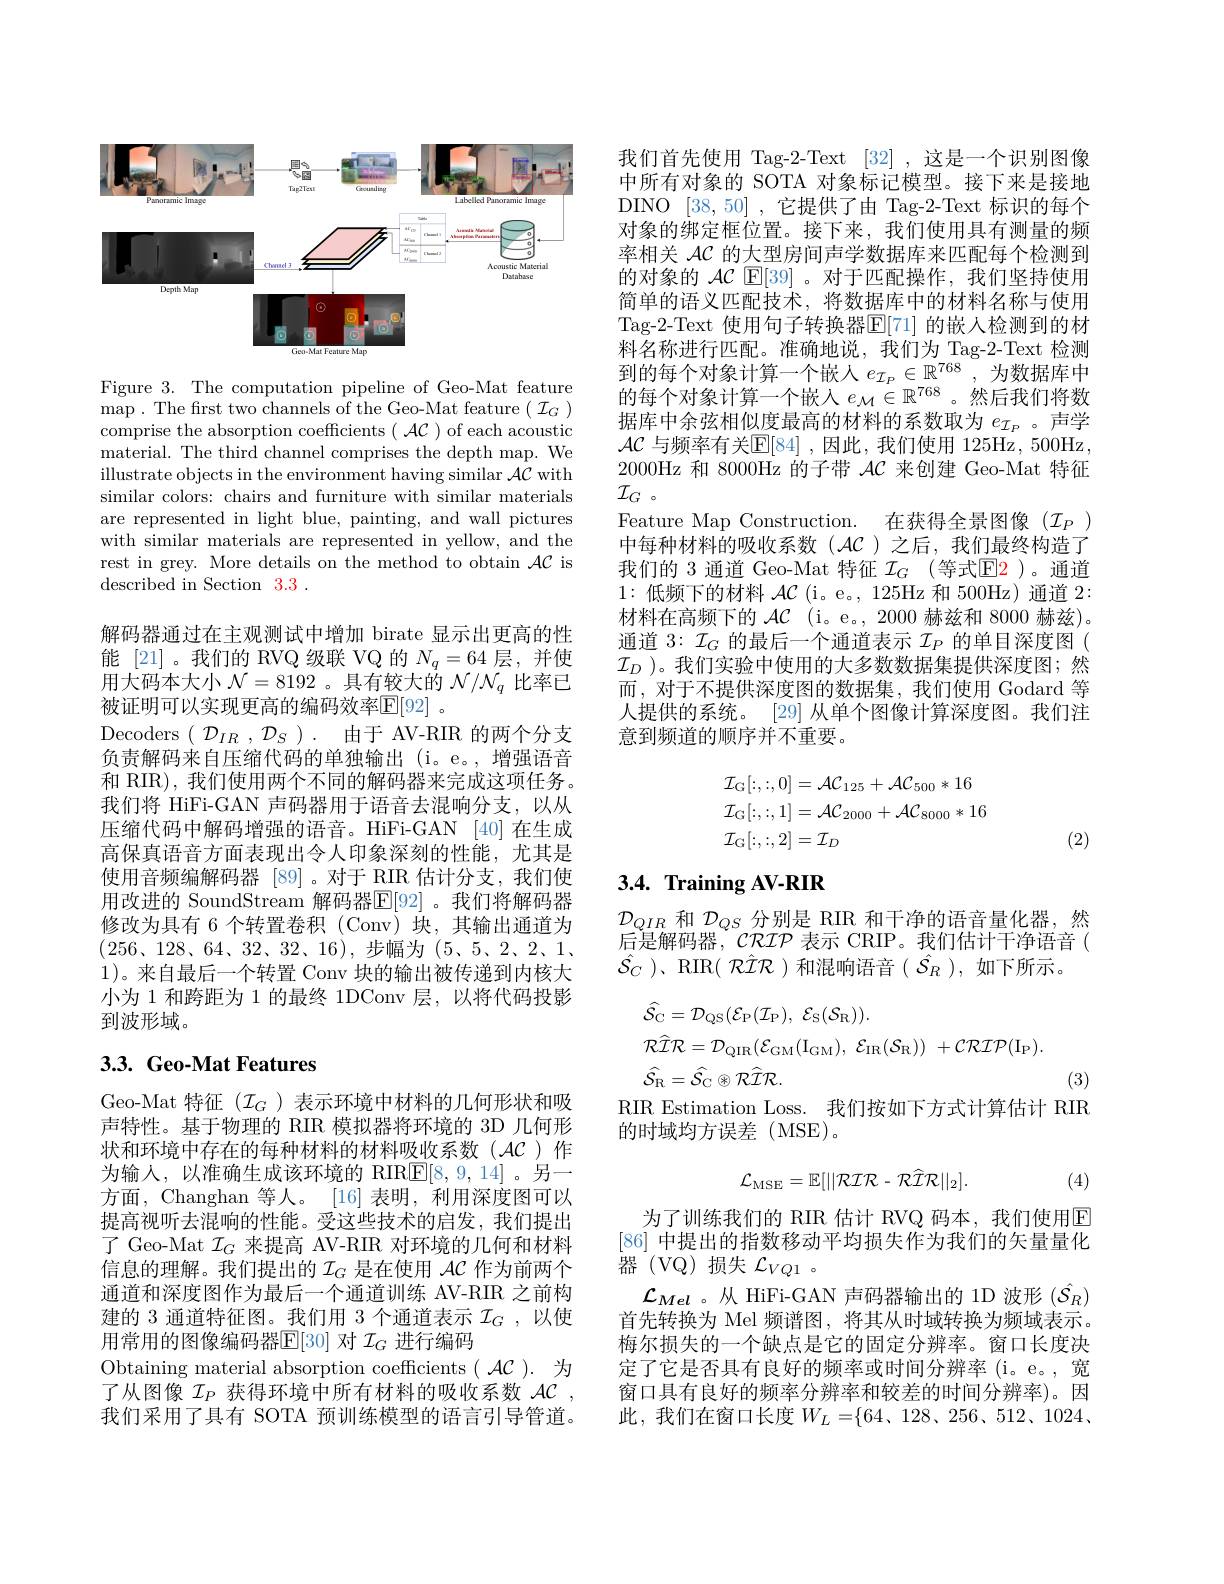
<FigureHere>

Figure 3. The computation pipeline of Geo-Mat feature $\operatorname*{map}.$The frst two channels of the Geo-Mat feature$(\mathcal{I}_G)$ comprise the absorption coefficients( $\mathcal{AC}$ )of each acoustic material. The third channel comprises the depth map. We illustrate objects in the environment having similar $\mathcal{AC}$ with similar colors: chairs and furniture with similar materials are represented in light blue, painting, and wall pictures with similar materials are represented in yellow, and the rest in grey. More details on the method to obtain $\mathcal{AC}$ is described in Section 3.3 .

解码器通过在主观测试中增加 birate 显示出更高的性能[21]。我们的 RVQ 级联 VQ 的$N_q=64$层，并使用大码本大小$\mathcal{N}=8192$ 。具有较大的$\mathcal{N}/\mathcal{N}_q$比率已被证明可以实现更高的编码效率$\mathbb{E}[92]$ 。
Decoders $(\mathcal{D}_{IR},\mathcal{D}_S).$由于 AV-RIR 的两个分支负责解码来自压缩代码的单独输出(i。e。,增强语音和 RIR), 我们使用两个不同的解码器来完成这项任务。我们将 HiFi-GAN 声码器用于语音去混响分支，以从压缩代码中解码增强的语音。HiFi-GAN [40]在生成高保真语音方面表现出令人印象深刻的性能，尤其是使用音频编解码器 [89]。对于 RIR 估计分支，我们使用改进的 SoundStream 解码器$\mathbb{E}[92]$。我们将解码器修改为具有 6 个转置卷积 (Conv) 块，其输出通道为$(256、128、64、32、32、16)$,步幅为$(5、5、2、2、1、$ 1)。来自最后一个转置 Conv 块的输出被传递到内核大小为 1 和跨距为 1 的最终 1DConv 层，以将代码投影到波形域。

# 3.3. Geo-Mat Features

Geo-Mat 特征($\mathcal{I}_G$)表示环境中材料的几何形状和吸声特性。基于物理的 RIR 模拟器将环境的 3D 几何形状和环境中存在的每种材料的材料吸收系数(AC)作为输人，以准确生成该环境的 RIR$\underline{\mathrm{E}}[8,9,14]$。另一方面，Changhan 等人。[16] 表明，利用深度图可以提高视听去混响的性能。受这些技术的启发，我们提出了 Geo-Mat $\mathcal{I}_G$来提高 AV-RIR 对环境的几何和材料信息的理解。我们提出的$\mathcal{I}_G$是在使用$\mathcal{AC}$作为前两个通道和深度图作为最后一个通道训练 AV-RIR 之前构建的 3 通道特征图。我们用 3 个通道表示$\mathcal{I}_G$ ,以使用常用的图像编码器$\mathbb{E}[30]$对$\mathcal{I}_G$进行编码
Obtaining material absorption coefficients( $\mathcal{AC}$).为了从图像$\mathcal{I}_P$获得环境中所有材料的吸收系数$\mathcal{AC}$, 我们采用了具有 SOTA 预训练模型的语言引导管道。

我们首先使用 Tag-2-Text [32] ,这是一个识别图像中所有对象的 SOTA 对象标记模型。接下来是接地DINO [38,50] ,它提供了由 Tag-2-Text 标识的每个对象的绑定框位置。接下来，我们使用具有测量的频率相关$\mathcal{AC}$的大型房间声学数据库来匹配每个检测到的对象的$\mathcal{AC}$ E[39]。对于匹配操作，我们坚持使用简单的语义匹配技术，将数据库中的材料名称与使用Tag-2-Text 使用句子转换器$\mathbb{E}[71]$ 的嵌人检测到的材料名称进行匹配。准确地说，我们为 Tag-2-Text 检测到的每个对象计算一个嵌人$e_{\mathcal{I}_P}\in\mathbb{R}^{768}$,为数据库中的每个对象计算一个嵌人$e_\mathcal{M}\in\mathbb{R}^{768}$。然后我们将数据库中余弦相似度最高的材料的系数取为$e_{\mathcal{I}_P}$ 。声学$\mathcal{AC}$ 与频率有关$\mathbb{E}[84]$ ,因此，我们使用 125Hz, 500Hz 2000Hz 和 8000Hz 的子带$\mathcal{AC}$来创建 Geo-Mat 特征$\mathcal{I} _G$ 。
Feature Map Construction. 在获得全景图像($\mathcal{I}_P)$ 中每种材料的吸收系数(AC)之后，我们最终构造了我们的 3 通道 Geo-Mat 特征$\mathcal{I}_G$ (等式E2 )。通道1:低频下的材料 $\mathcal{AC}$ (i。e。, 125Hz 和 500Hz)通道 2: 材料在高频下的$\mathcal{AC}$ (i。e。, 2000 赫兹和 8000 赫兹)。通道 3: $\mathcal{I}_G$的最后一个通道表示$\mathcal{I}_P$的单目深度图( $\mathcal{I}_D$ )。我们实验中使用的大多数数据集提供深度图；然而，对于不提供深度图的数据集，我们使用 Godard 等人提供的系统。[29] 从单个图像计算深度图。我们注意到频道的顺序并不重要。
$$\begin{aligned}&\mathcal{I}_{\mathrm{G}}[:,:,0]=\mathcal{AC}_{125}+\mathcal{AC}_{500}*16\\&\mathcal{I}_{\mathrm{G}}[:,:,1]=\mathcal{AC}_{2000}+\mathcal{AC}_{8000}*16\\&\mathcal{I}_{\mathrm{G}}[:,:,2]=\mathcal{I}_{D}\end{aligned}$$
(2)

# 3.4. Training AV-RIR

$\mathcal{D}_{QIR}$和$\mathcal{D}_QS$分别是 RIR 和干净的语音量化器，然后是解码器，CRIP 表示 CRIP。我们估计干净语音( $\hat{\mathcal{S}}_{C}$ )、RIR( $\hat{\mathcal{R}}\hat{\mathcal{I}}\mathcal{R}$ )和混响语音($\hat{\mathcal{S}}_{R}$ ),如下所示。
$$\begin{aligned}&\hat{\mathcal{S}}_{\mathrm{C}}=\mathcal{D}_{\mathrm{QS}}(\mathcal{E}_{\mathrm{P}}(\mathcal{I}_{\mathrm{P}}),\:\mathcal{E}_{\mathrm{S}}(\mathcal{S}_{\mathrm{R}})).\\&\mathcal{R}\widehat{\mathcal{I}}\mathcal{R}=\mathcal{D}_{\mathrm{QIR}}(\mathcal{E}_{\mathrm{GM}}(\mathrm{I}_{\mathrm{GM}}),\:\mathcal{E}_{\mathrm{IR}}(\mathcal{S}_{\mathrm{R}}))\:+\mathcal{CR}\mathcal{IP}(\mathrm{I}_{\mathrm{P}}).\\&\hat{\mathcal{S}_{\mathrm{R}}}=\hat{\mathcal{S}_{\mathrm{C}}}\otimes\mathcal{R}\hat{\mathcal{I}}\mathcal{R}.\end{aligned}$$
(3)
RIR Estimation Loss. 我们按如下方式计算估计 RIF
的时域均方误差(MSE)。
$$\mathcal{L}_{\mathrm{MSE}}=\mathbb{E}[||\mathcal{RIR}-\mathcal{RIR}||_{2}].$$
(4)

为了训练我们的 RIR 估计 RVQ 码本，我们使用E [86]中提出的指数移动平均损失作为我们的矢量量化器 (VQ)损失$\mathcal{L}_VQ1~.$
$\mathcal{L}_{Mel}$ 。从 HiFi-GAN 声码器输出的 1D 波形$(\hat{\mathcal{S}}_R)$ 首先转换为 Mel 频谱图，将其从时域转换为频域表示。梅尔损失的一个缺点是它的固定分辨率。窗口长度决定了它是否具有良好的频率或时间分辨率(i。e。, 宽窗口具有良好的频率分辨率和较差的时间分辨率)。因此，我们在窗口长度$W_L=\{64、128、256、512、1024、$